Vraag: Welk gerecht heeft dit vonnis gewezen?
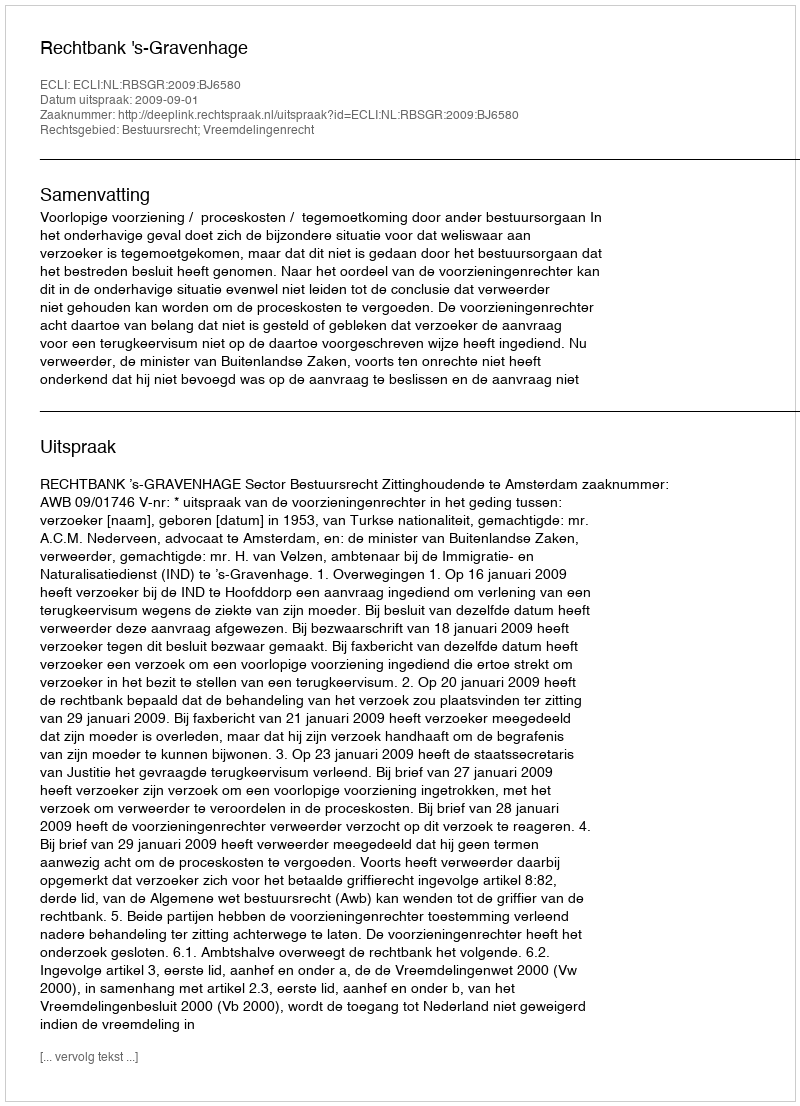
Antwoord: Rechtbank 's-Gravenhage